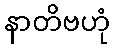
နာတိဗဟုံ